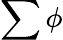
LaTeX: \sum\phi